Report of the Lahore Medical School Hospital
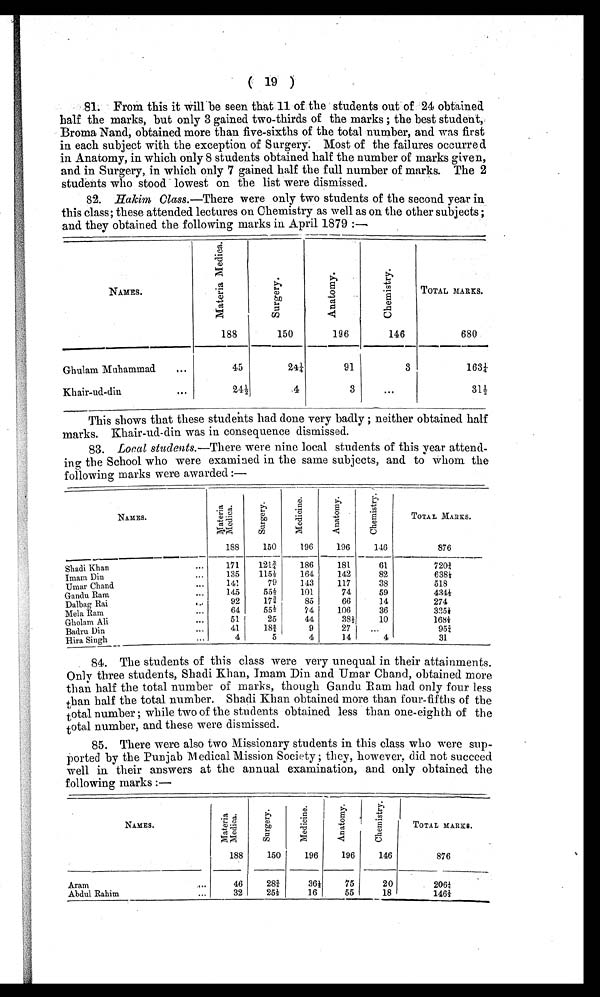
( 19 )
81. From this it will be seen that 11 of the students out of 24 obtained
half the marks, but only 3 gained two-thirds of the marks ; the best student,
Broma Nand, obtained more than five-sixths of the total number, and was first
in each subject with the exception of Surgery. Most of the failures occurred
in Anatomy, in which only 8 students obtained half the number of marks given,
and in Surgery, in which only 7 gained half the full number of marks. The 2
students who stood lowest on the list were dismissed.
82. Hakim Class.—There were only two students of the second year in
this class; these attended lectures on Chemistry as well as on the other subjects ;
and they obtained the following marks in April 1879 :—
NAMES.
M a t e r i a M e d i c a .
1 8 8
S u r g e r y .
150
A n a t o m y .
196
C h e m i s t r y .
146
TOTAL MARKS.
680
Ghulam Muhammad
. . .
45
2 4 1 / 4
91
3
163 1/4
Khair-ud-din
. . .
24 1/2
4
3
. . .
31 1/2
This shows that these students had done very badly ; neither obtained half
marks. Khair-ud-din was in consequence dismissed.
83. Local students. —There were nine local students of this year attend
- i n g t h e S c h o o l w h o w e r e e x a m i n e d i n t h e s a m e s u b j e c t s , a n d t o w h o m t h e
following marks were awarded :—
N a m e s
M a t e r i a
M e d i c a .
188
S u r g e r y
150
M e d i c i n e .
196
Anatomy.
196
C h e m i s t r y
146
TOTAL MARKS.
876
Shadi Khan
...
171
121 3/4
186
181
61
7 2 0 3 / 4
Imam Din
...
135
115 1/2
164
142
82
6 3 8 1 / 2
Umar Chand ...
141
79
143
117
38
518
Gandu Ram
...
145
55 1/2
101
74
59
4 3 4 1 / 2
Dalbag Rai
. . .
92
17 3/4
85
66
14
274
Mela Ram
64
55 1/2
74
106
36
3 3 5 1 / 2
Gholam Ali
...
51
25
44
38 1/2
10
1 6 8 1 / 2
Badru Din
...
41
18 3/4
9
27
. . .
9 5 3 / 4
Hira Singh ...
4
5
4
14
4
31
84. The students of this class were very unequal in their attainments.
Only three students, Shadi Khan, Imam Din and Umar Chand, obtained more
than half the total number of marks, though Gandu Barn had only four less
t h a n h a l f t h e t o t a l n u m b e r . S h a d i K h a n o b t a i n e d m o r e t h a n f o u r - f i f t h s o f t h e
t o t a l n u m b e r ; w h i l e
t w o
o f t h e s t u d e n t s o b t a i n e d l e s s t h a n o n e - e i g h t h o f t h e
t o t a l n u m b e r , a n d t h e s e w e r e d i s m i s s e d .
85. There were also two Missionary students in this class who were sup
- p o r t e d b y t h e P u n j a b M e d i c a l M i s s i o n S o c i e t y ; t h e y , h o w e v e r , d i d n o t s u c c e e d
well in their answers at the annual examination, and only obtained the
following marks :—
NAMES.
M a t e r i a
M e d i c a .
188
S u r g e r y .
150
M e d i c i n e .
196
A n a t o m y .
196
C h e m i s t r y .
146
TOTAL MARKS.
876
Aram
. . .
46
28 3/4
364
75
20
2 0 6 1 / 4
Abdul Rahim
...
32
25 1/2
16
55
18
1 4 6 1 / 2